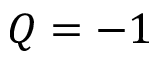
Q = - 1